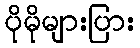
ပိုမိုများပြား